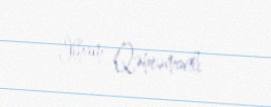
İlham Qəhrəmanlı